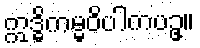
ဣဒ္ဓိကမ္မဝိပါကပဥှ။